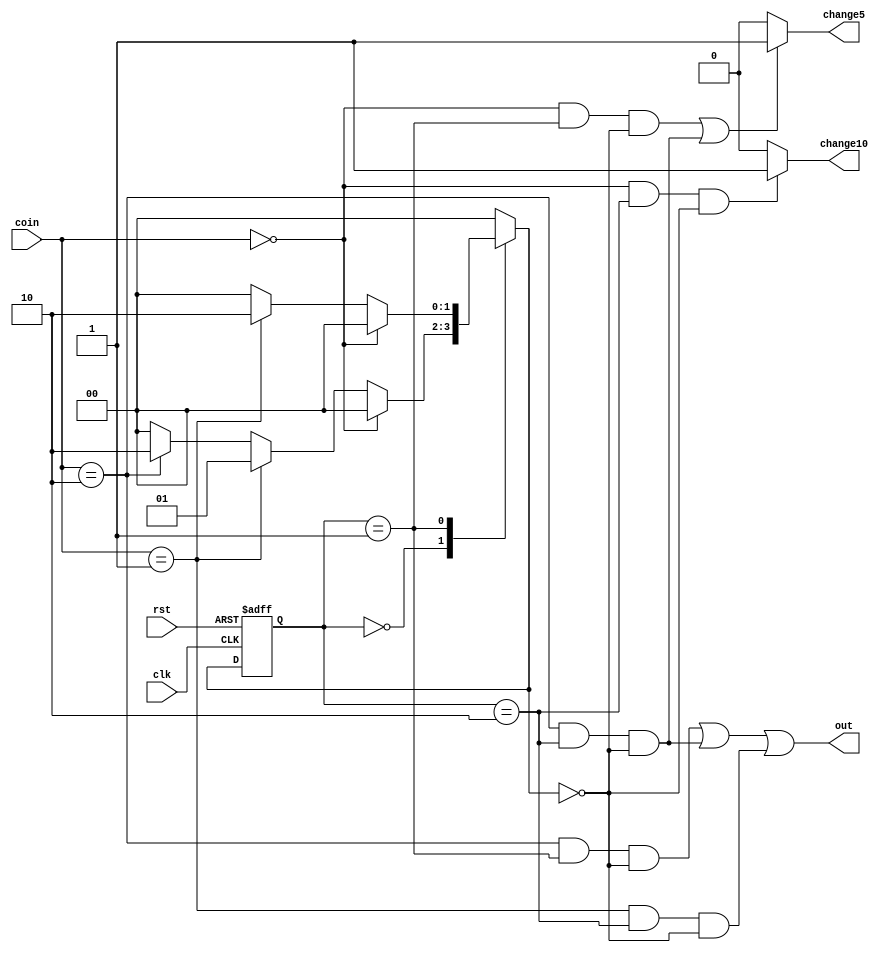
module vending_machine(input [1:0]coin,input clk,rst,output out,output change5,change10);
   reg [1:0]   ps;
   reg [1:0]   ns;
   parameter s0=2'd0;// 0 rupee
   parameter s1=2'd5;// 5 rupee
   parameter s2=2'd10;// 10 rupee
   always @(posedge clk or negedge rst) begin
       if (!rst) ps=s0;
       else
         ps=ns;
     end
	 
   always @(ps or coin) begin
    case (ps)
     s0: begin
           if (coin==2'd00) ns=s0;
           else if (coin==2'd05) ns=s1;
           else if (coin==2'd10) ns=s2;
		   else ns=s0;
        end	
     s1: begin
           if (coin==2'd00) ns=s0;
           else if (coin==2'd05) ns=s2;
           else if (coin==2'd10) ns=s0;
		   else ns=s0;
        end
	 s2: begin
           if (coin==2'd00) ns=s0;
           else if (coin==2'd05) ns=s0;
           else if (coin==2'd10) ns=s0;
		   else ns = s0;
        end
	 default: ns = s0;
    endcase
	end
assign change5 = ((coin == 2'd00 && ps == s1 && ns == s0)|(coin == 2'd10 && ps == s2 && ns == s0))?1:0;
assign change10 = (coin == 2'd00 && ps == s2 && ns == s0) ? 1:0;
assign out = ((coin == 2'd10 && ps == s1 && ns == s0)|(coin == 2'd10 && ps == s2 && ns == s0)|(coin == 2'd05 && ps == s2 && ns == s0));
endmodule